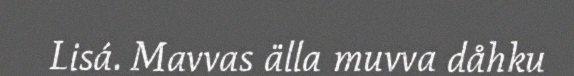
Lisá. Mavvas älla muvva dåhku